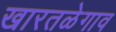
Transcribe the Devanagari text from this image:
खारतळेगाव